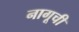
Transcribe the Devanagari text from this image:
नागूची